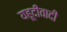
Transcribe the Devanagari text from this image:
यहूदीवादी